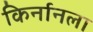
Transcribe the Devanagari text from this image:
किर्नानला